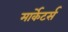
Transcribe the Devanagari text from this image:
मार्केटर्स